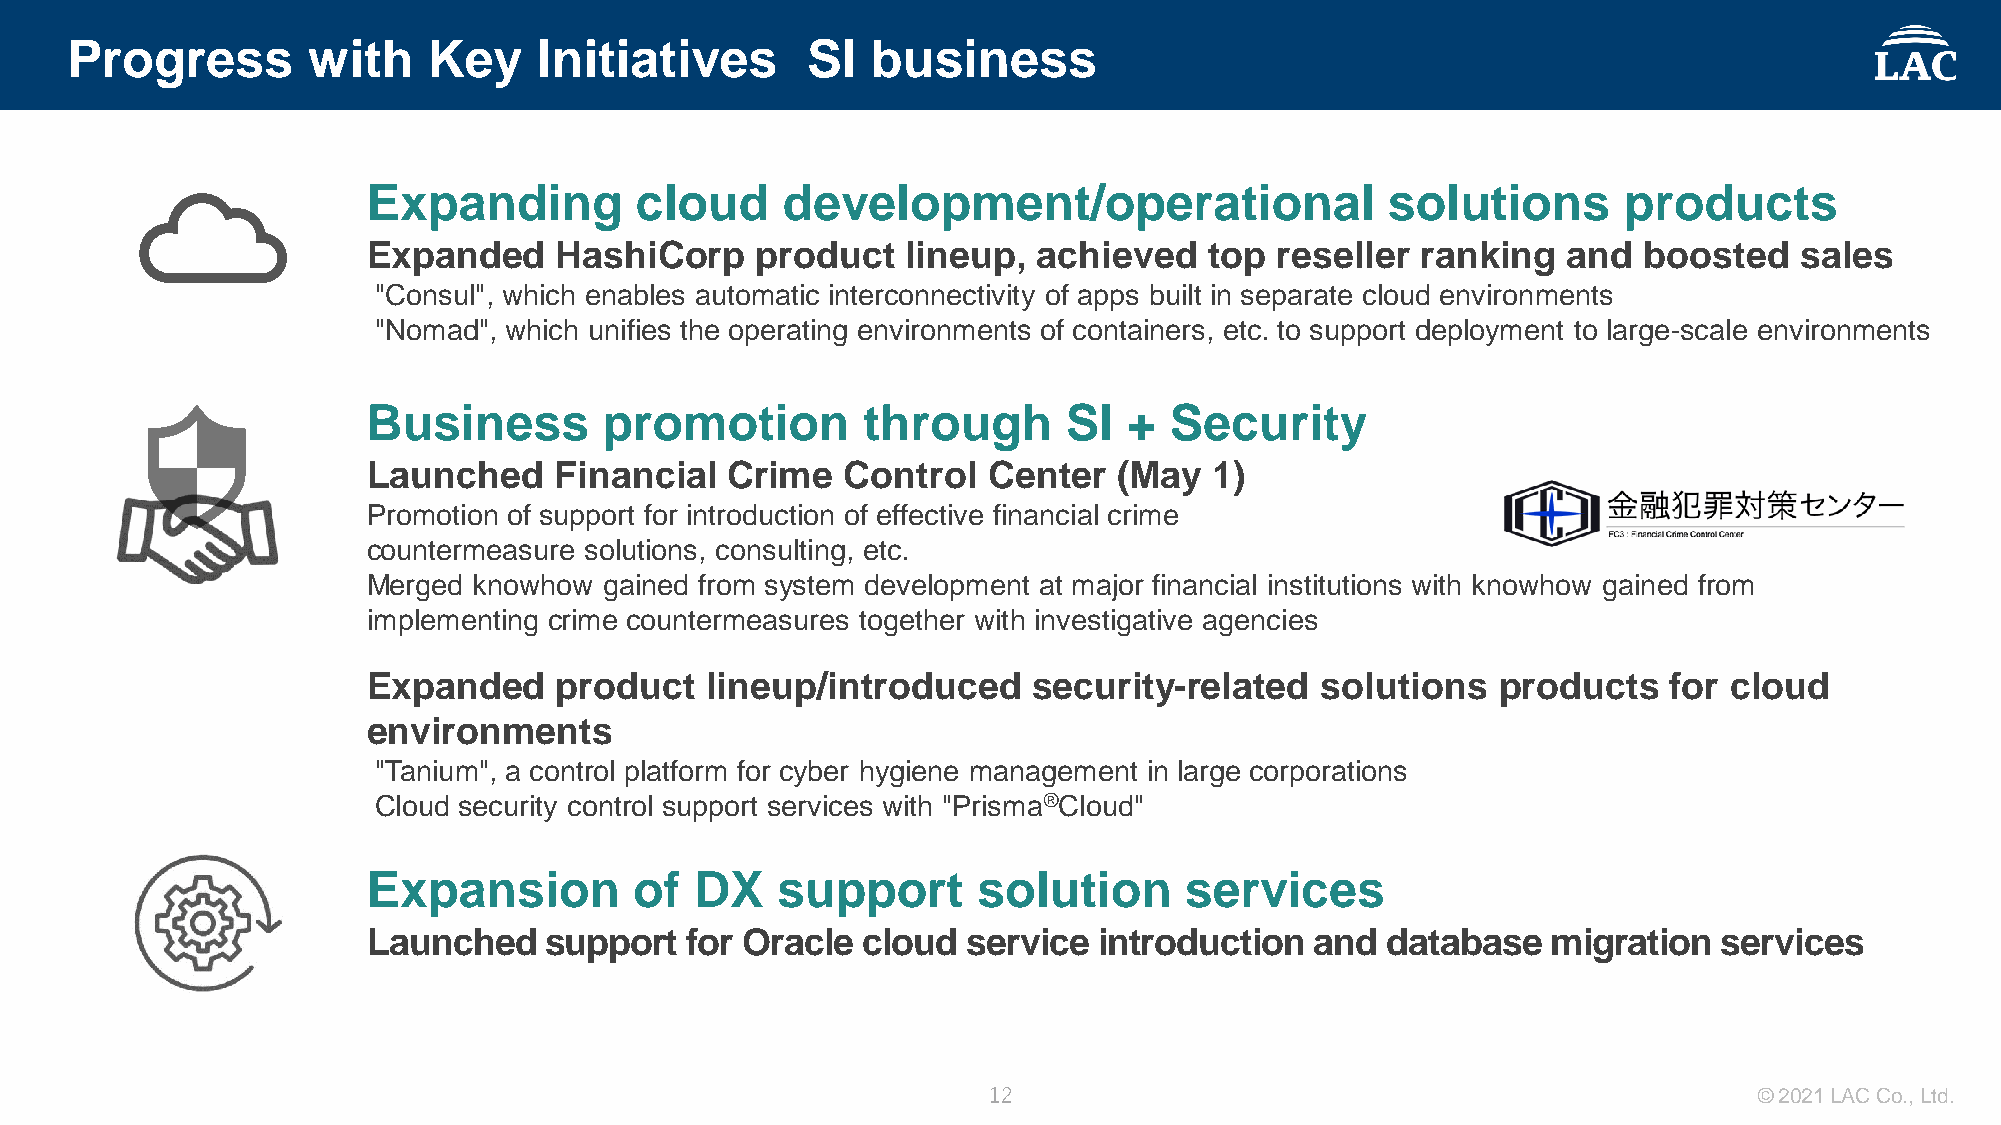
Progress        with    Key     Initiatives      SI   business
 Expanding         cloud     development/operational                 solutions      products
 Expanded     HashiCorp    product   lineup,  achieved   top reseller  ranking   and  boosted   sales
 "Consul", which enables automatic interconnectivity of apps built in separate cloud environments
 "Nomad", which unifies the operating environments of containers, etc. to support deployment to large-scale environments
 Business        promotion        through       SI  + Security
 Launched     Financial  Crime   Control  Center   (May  1)
 Promotion of support for introduction of effective financial crime
 countermeasure solutions, consulting, etc.
 Merged knowhow  gained from system development at major financial institutions with knowhow gained from
 implementing crime countermeasures together with investigative agencies
 Expanded     product   lineup/introduced    security-related   solutions   products   for cloud
 environments
 "Tanium", a control platform for cyber hygiene management in large corporations
 Cloud security control support services with "Prisma®Cloud"
 Expansion         of  DX   support       solution     services
 Launched    support  for Oracle  cloud  service  introduction  and  database   migration  services
 12                                                 © 2021 LAC Co., Ltd.